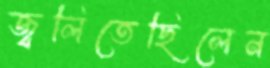
জ্বলিতেছিলেন